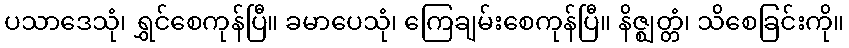
ပသာဒေသုံ၊ ရွှင်စေကုန်ပြီ။ ခမာပေသုံ၊ ကြေချမ်းစေကုန်ပြီ။ နိဇ္ဈတ္တံ၊ သိစေခြင်းကို။